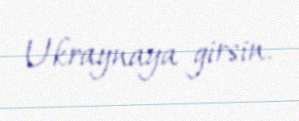
Ukraynaya girsin.